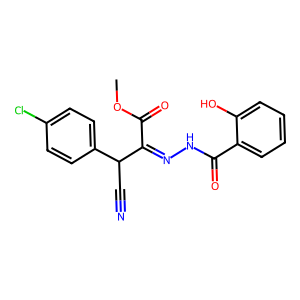
SMILES: COC(=O)C(=NNC(=O)c1ccccc1O)C(C#N)c1ccc(Cl)cc1
Inhibits HIV replication: No